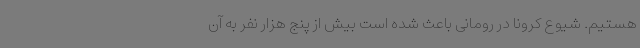
هستیم. شیوع کرونا در رومانی باعث شده است بیش از پنج هزار نفر به آن